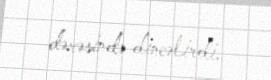
dərəsində dincəlirdi.